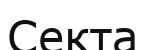
Секта